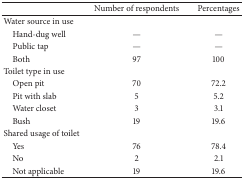
|  | Number of respondents | Percentages |
 | --- | --- | --- |
 | Water source in use |  |  |
 | Hand-dug well | — | — |
 | Public tap | — | — |
 | Both | 97 | 100 |
 | Toilet type in use |  |  |
 | Open pit | 70 | 72.2 |
 | Pit with slab | 5 | 5.2 |
 | Water closet | 3 | 3.1 |
 | Bush | 19 | 19.6 |
 | Shared usage of toilet |  |  |
 | Yes | 76 | 78.4 |
 | No | 2 | 2.1 |
 | Not applicable | 19 | 19.6 |